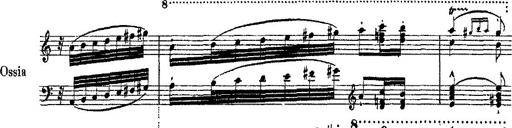
Title: Ã‰tudes d'exÃ©cution transcendante d'aprÃ¨s Paganini
Composer: Franz Liszt